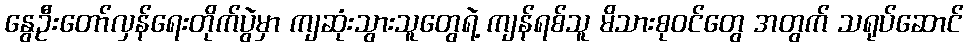
နွေဦးတော်လှန်ရေးတိုက်ပွဲမှာ ကျဆုံးသွားသူတွေရဲ့ ကျန်ရစ်သူ မိသားစုဝင်တွေ အတွက် သရုပ်ဆောင်